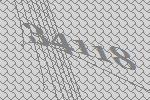
34118